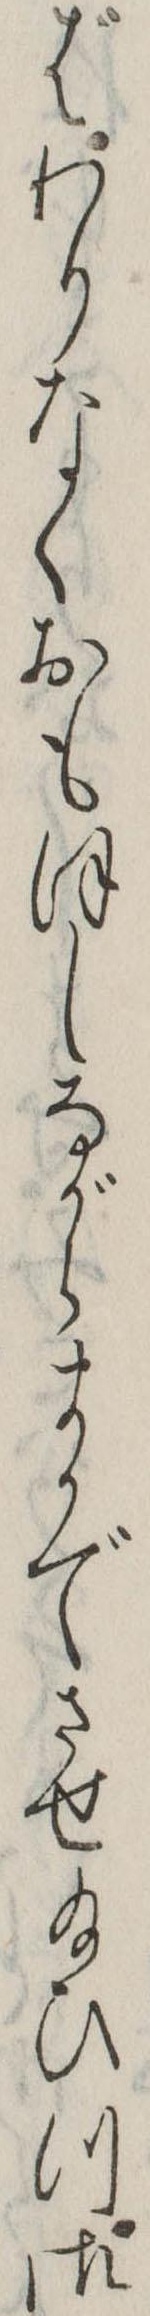
ばわりなくおもほしながらまかでさせ給ひつ御